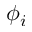
\phi _ { i }